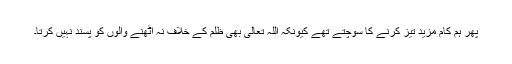
پھر ہم کام مزید تیز کرنے کا سوچتے تھے کیونکہ اللہ تعالیٰ بھی ظلم کے خلاف نہ اٹھنے والوں کو پسند نہیں کرتا۔